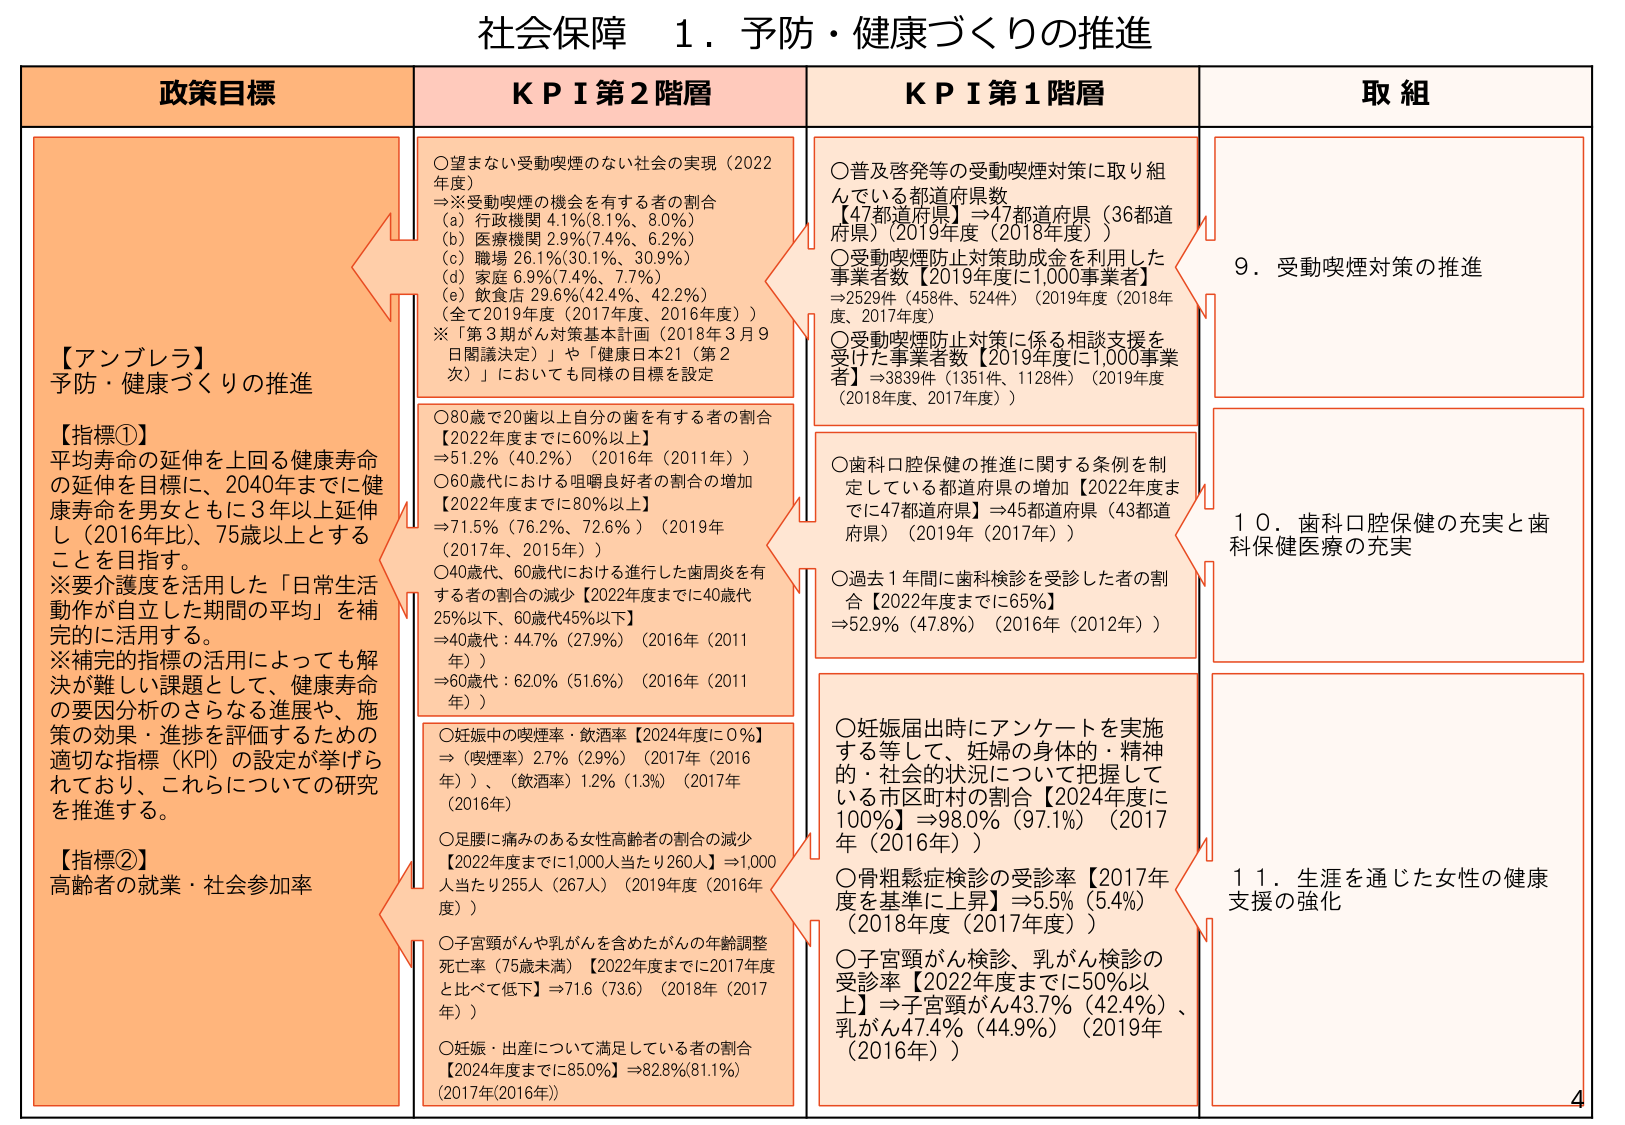
社会保障 1．予防・健康づくりの推進

政策目標

【アンブレラ】
予防・健康づくりの推進

【指標①】
平均寿命の延伸を上回る健康寿命
の延伸を目指し、2040年までに健
康寿命を男女ともに3年以上延伸
し（2016年比）、75歳以上とする
ことを目指す。
※要介護度を活用した「日常生活
動作が自立した期間の平均」を補
完的に活用する。
※補完的指標の活用によっても解
決が難しい課題として、健康寿命
の要因分析のさらなる進展や、施
策の効果・進捗を評価するための
適切な指標（KPI）の設定が挙げら
れており、これらについての研究
を推進する。

【指標②】
高齢者の就業・社会参加率

KPI 第2階層

○望まない受動喫煙のない社会の実現（2022
年度）
⇒※受動喫煙の機会を有する者の割合
（a）行政機関 4.1%（8.1%、8.0%）
（b）医療機関 2.9%（7.4%、6.2%）
（c）職場 26.1%（30.1%、30.9%）
（d）家庭 6.9%（7.4%、7.7%）
（e）飲食店 29.6%（42.4%、42.2%）
（全て2019年度（2017年度、2016年度））
※「第3期がん対策基本計画（2018年3月9
日閣議決定）」や「健康日本21（第2
次）」においても同様の目標を設定

○80歳で20歯以上自分の歯を有する者の割合
【2022年度までに60%以上】
⇒51.2%（40.2%）（2016年（2011年））
○60歳代における咀嚼良好者の割合の増加
【2022年度までに80%以上】
⇒71.5%（76.2%、72.6%）（2019年
（2017年、2015年））
○40歳代、60歳代における進行した歯周炎を有
する者の割合の減少【2022年度までに40歳代
25%以下、60歳代45%以下】
⇒40歳代：44.7%（27.9%）（2016年（2011
年））
⇒60歳代：62.0%（51.6%）（2016年（2011
年））

○妊娠中の喫煙率・飲酒率【2024年度に0%】
⇒（喫煙率）2.7%（2.9%）（2017年（2016
年））、（飲酒率）1.2%（1.3%）（2017年
（2016年））

○足腰に痛みのある女性高齢者の割合の減少
【2022年度までに1,000人当たり260人】⇒1,000
人当たり255人（267人）（2019年度（2016年
度））

○子宮頸がんや乳がんを含めたがんの年齢調整
死亡率（75歳未満）【2022年度までに2017年度
と比べて低下】⇒71.6（73.6）（2018年（2017
年））

○妊娠・出産について満足している者の割合
【2024年度までに85.0%】⇒82.8%（81.1%）
（2017年（2016年））

KPI 第1階層

○普及啓発等の受動喫煙対策に取り組
んでいる都道府県数
【47都道府県】⇒47都道府県（36都道
府県）（2019年度（2018年度））

○受動喫煙防止対策助成金を利用した
事業者数【2019年度に1,000事業者】
⇒2529件（458件、524件）（2019年度（2018年
度、2017年度））

○受動喫煙防止対策に係る相談支援を
受けた事業者数【2019年度に1,000事業
者】⇒3839件（1351件、1128件）（2019年度
（2018年度、2017年度））

○歯科口腔保健の推進に関する条例を制
定している都道府県の増加【2022年度ま
でに47都道府県】⇒45都道府県（43都道
府県）（2019年（2017年））

○過去1年間に歯科検診を受診した者の割
合【2022年度までに65%】
⇒52.9%（47.8%）（2016年（2012年））

○妊娠届出時にアンケートを実施
する等して、妊婦の身体的・精神
的・社会的状況について把握して
いる市区町村の割合【2024年度に
100%】⇒98.0%（97.1%）（2017
年（2016年））

○骨粗鬆症検診の受診率【2017年
度を基準に上昇】⇒5.5%（5.4%）
（2018年度（2017年度））

○子宮頸がん検診、乳がん検診の
受診率【2022年度までに50%以
上】⇒子宮頸がん43.7%（42.4%）、
乳がん47.4%（44.9%）（2019年
（2016年））

取組

9．受動喫煙対策の推進

10．歯科口腔保健の充実と歯
科保健医療の充実

11．生涯を通じた女性の健康
支援の強化

4